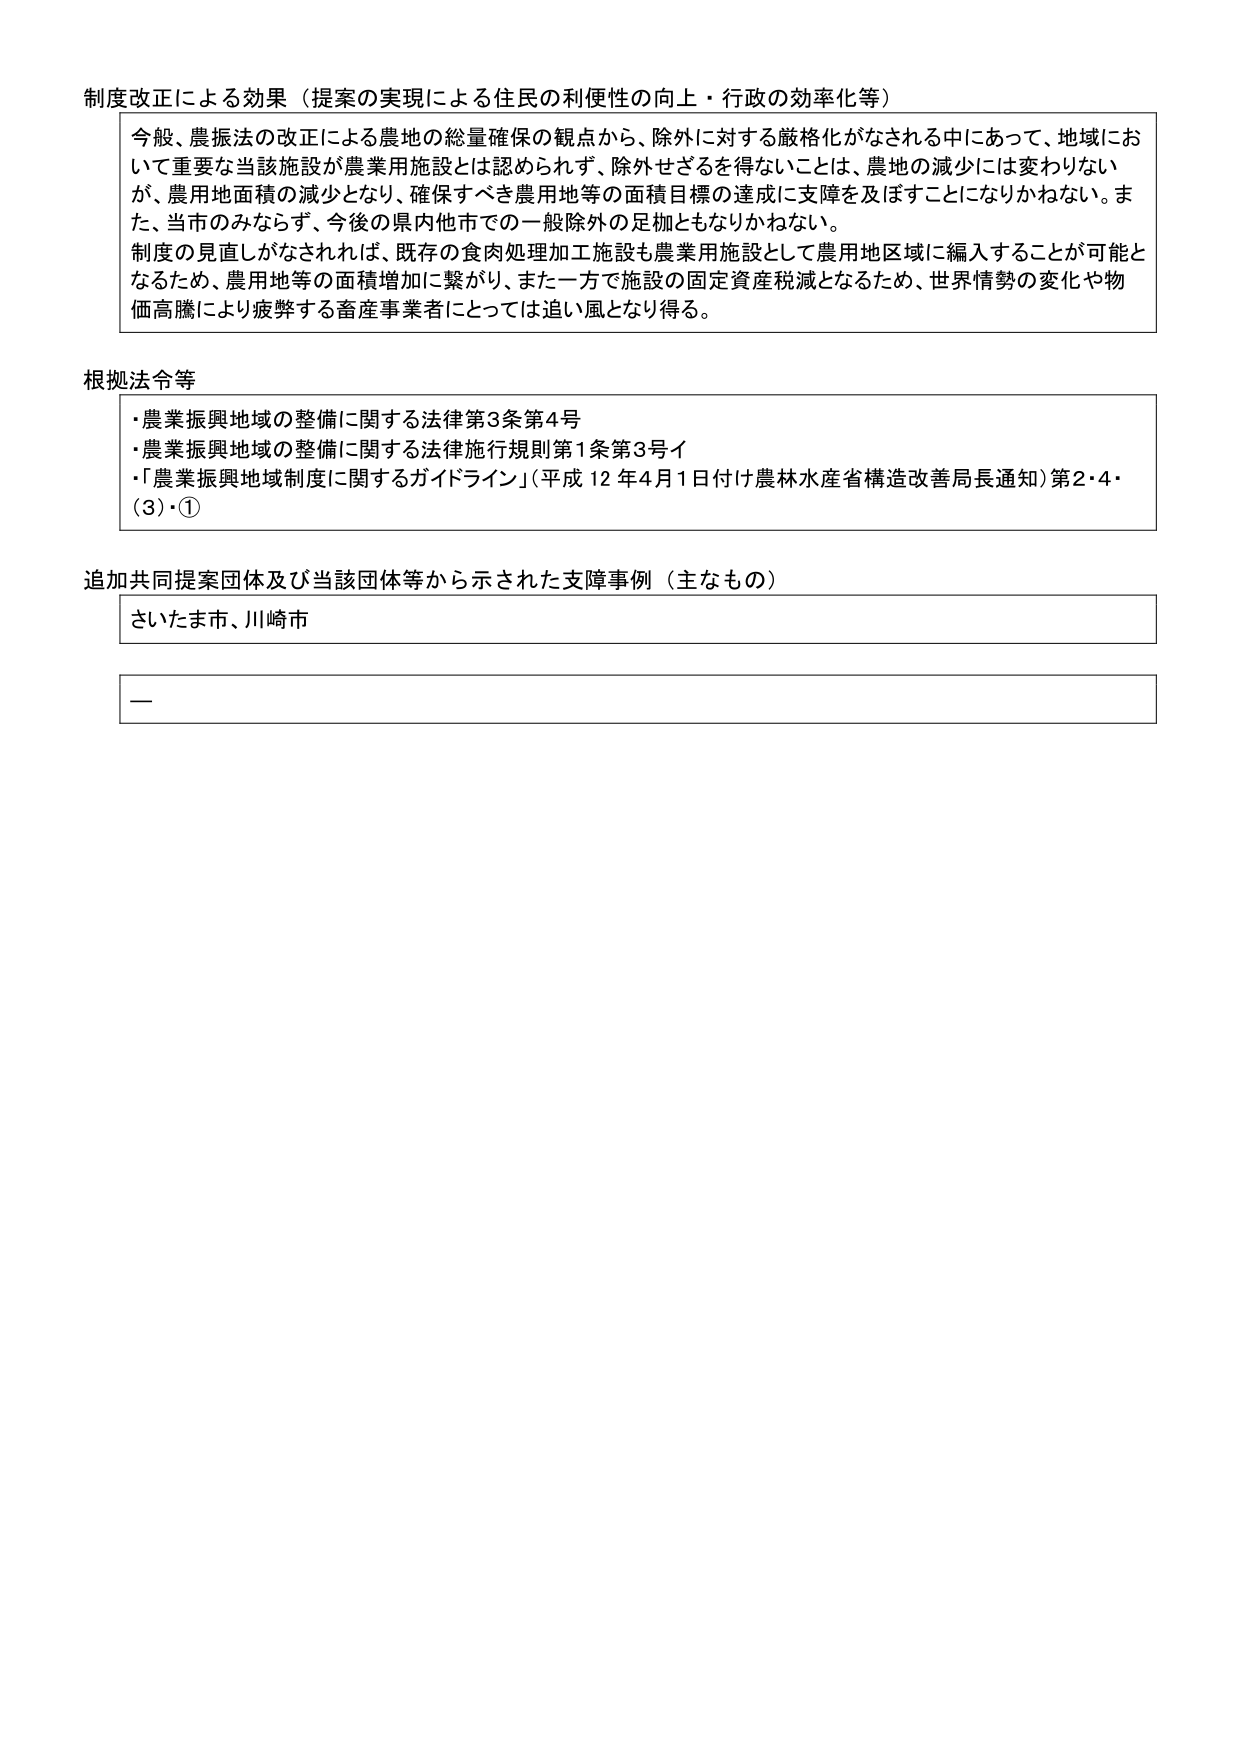
制度改正による効果（提案の実現による住民の利便性の向上・行政の効率化等）

今般、農振法の改正による農地の総量確保の観点から、除外に対する厳格化がなされる中にあって、地域において重要な当該施設が農業用施設とは認められず、除外せざるを得ないことは、農地の減少には変わりないが、農用地面積の減少となり、確保すべき農用地等の面積目標の達成に支障を及ぼすことになりかねない。また、当市のみならず、今後の県内他市での一般除外の足枷ともなりかねない。
制度の見直しがなされれば、既存の食肉処理加工施設も農業用施設として農用地区域に編入することが可能となるため、農用地等の面積増加に繋がり、また一方で施設の固定資産税減となるため、世界情勢の変化や物価高騰により疲弊する畜産事業者にとっては追い風となり得る。

根拠法令等
・農業振興地域の整備に関する法律第3条第4号
・農業振興地域の整備に関する法律施行規則第1条第3号イ
・「農業振興地域制度に関するガイドライン」（平成12年4月1日付け農林水産省構造改善局長通知）第2・4・（3）・①

追加共同提案団体及び当該団体等から示された支障事例（主なもの）
さいたま市、川崎市

ー